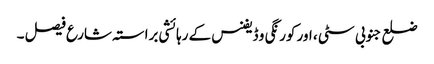
ضلع جنوبی سٹی ، اور کورنگی و ڈیفنس کے رہائشی براستہ شارع فیصل ۔